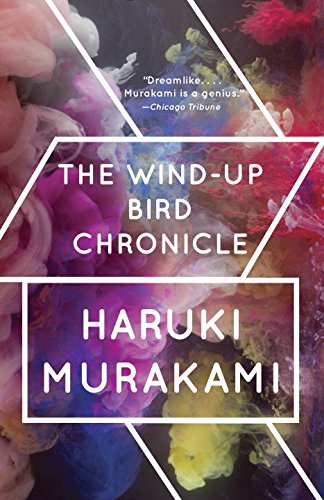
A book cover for The Wind-Up Bird Chronicle: A Novel; Haruki Murakami; Science Fiction & Fantasy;